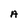
Character: A